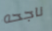
ناجحه